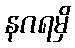
နဂရမှိ